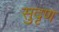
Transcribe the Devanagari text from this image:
सुदृण